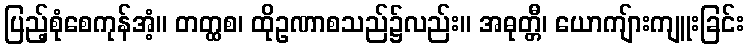
ပြည့်စုံစေကုန်အံ့။ တတ္ထစ၊ ထိုဥဏာစသည်၌လည်း။ အဓုတ္တီ၊ ယောကျ်ားကျူးခြင်း